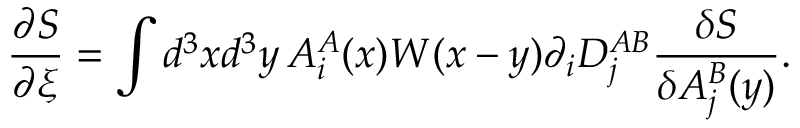
\frac { \partial S } { \partial \xi } = \int d ^ { 3 } x d ^ { 3 } y \, A _ { i } ^ { A } ( x ) W ( x - y ) \partial _ { i } D _ { j } ^ { A B } \frac { \delta S } { \delta A _ { j } ^ { B } ( y ) } .